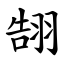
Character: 䎋